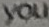
you